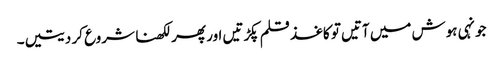
جونہی ہوش میں آتیں تو کاغذ قلم پکڑتیں اور پھر لکھنا شروع کر دیتیں۔